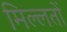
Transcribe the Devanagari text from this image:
मिल्लतों